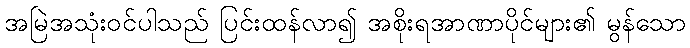
အမြဲအသုံးဝင်ပါသည် ပြင်းထန်လာ၍ အစိုးရအာဏာပိုင်များ၏ မွန်သော